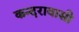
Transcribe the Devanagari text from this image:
कन्दरावासी